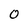
Character: O